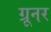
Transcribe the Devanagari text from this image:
ग्रूनर